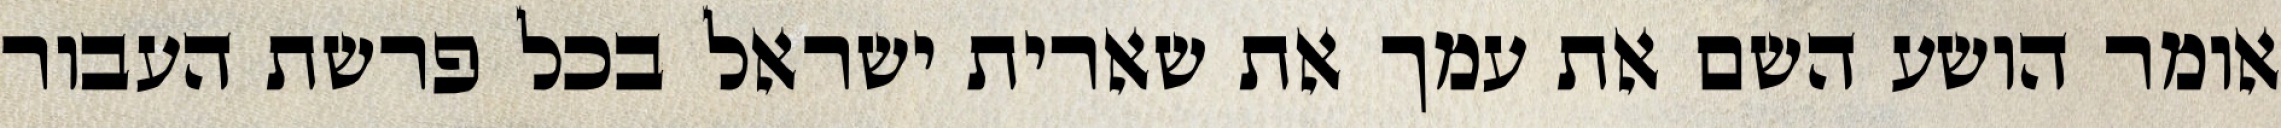
אומר הושע השם את עמך את שארית ישראל בכל פרשת העבור